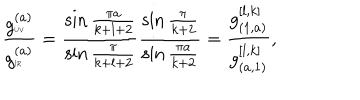
{ \frac { g _ { \tiny \mathrm { U V } } ^ { ( a ) } } { g _ { \tiny \mathrm { I R } } ^ { ( a ) } } } = { \frac { \sin { \frac { \pi a } { k + l + 2 } } } { \sin { \frac { \pi } { k + l + 2 } } } } { \frac { \sin { \frac { \pi } { k + 2 } } } { \sin { \frac { \pi a } { k + 2 } } } } = { \frac { g _ { ( 1 , a ) } ^ { [ l , k ] } } { g _ { ( a , 1 ) } ^ { [ l , k ] } } } ,